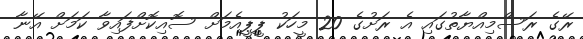
ރޭގެ ރަސްމިއްޔާތުގައި އެ ރަށުގެ 20 މީހަކު ޕީޕީއެމަށް ސޮއިކޮށްފައިވާ ކަމަށް އޭނާ